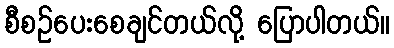
စီစဉ်ပေးစေချင်တယ်လို့ ပြောပါတယ်။